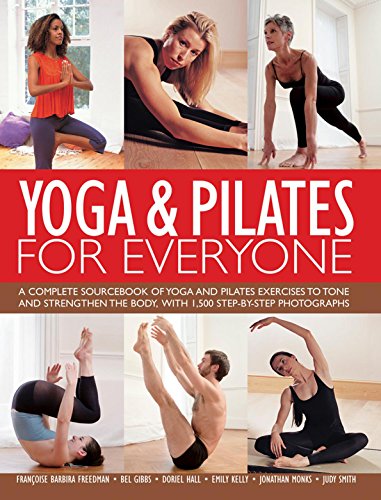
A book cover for Yoga & Pilates For Everyone: A Complete Sourcebook of Yoga and Pilates Exercises to Tone and Strengthen the Body, with 1500 Step-by-Step Photographs; Judy Smith; Health, Fitness & Dieting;